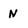
Character: N